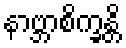
နာဗ္ဘာစိက္ခန္တိ